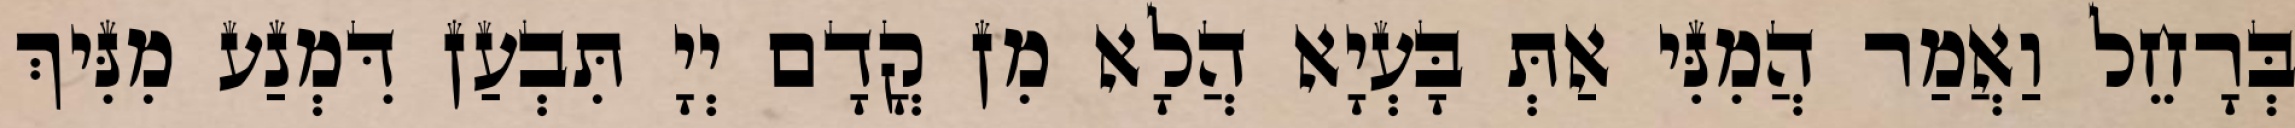
בְּרָחֵל וַאֲמַר הֲמִנִּי אַתְּ בָּעְיָא הֲלָא מִן קֳדָם יְיָ תִּבְעַן דִּמְנַע מִנִּיךְ